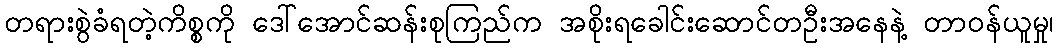
တရားစွဲခံရတဲ့ကိစ္စကို ဒေါ်အောင်ဆန်းစုကြည်က အစိုးရခေါင်းဆောင်တဦးအနေနဲ့ တာဝန်ယူမှု၊